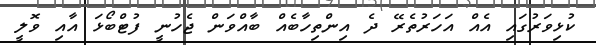
ކުޅިވަރުގައި އެއް އަހަރުތެރޭ ދެ އިންތިހާބެއް ބާއްވަން ޖެހުނީ ފުޓްބޯޅަ އާއި ވޮލީ